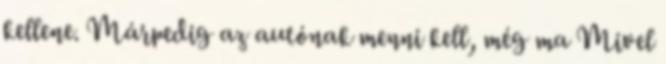
kellene. Márpedig az autónak menni kell, még ma Mivel